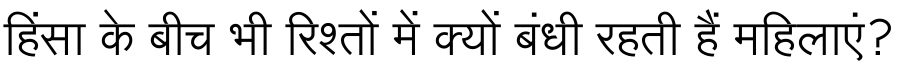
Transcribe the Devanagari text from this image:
हिंसा के बीच भी रिश्तों में क्यों बंधी रहती हैं महिलाएं?